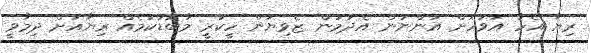
ރިޔާ އެހާ އަވަހަށް އަންނަން އެދުމުން ޒެވިޔަން ހީކުރީ މާބޮޑުކަމެއް ރިޔާއަށް ދިމާވީ